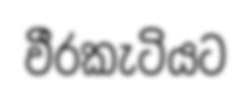
වීරකැටියට